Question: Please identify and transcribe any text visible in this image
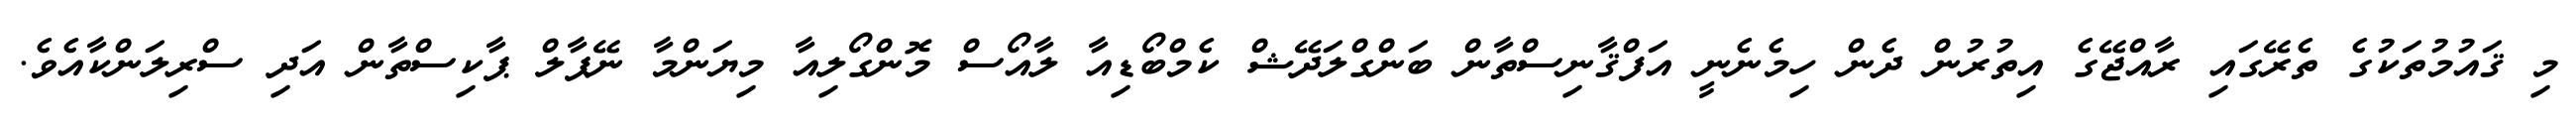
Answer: މި ޤައުމުތަކުގެ ތެރޭގައި ރާއްޖޭގެ އިތުރުން ދެން ހިމެނެނީ އަފްޤާނިސްތާން ބަންގްލަދޭޝް ކެމްބޯޑިއާ ލާއޯސް މޮންގޯލިއާ މިޔަންމާ ނޭޕާލް ޕާކިސްތާން އަދި ސްރިލަންކާއެވެ.